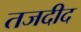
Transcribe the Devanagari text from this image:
तजदीद